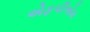
એફપીએમ